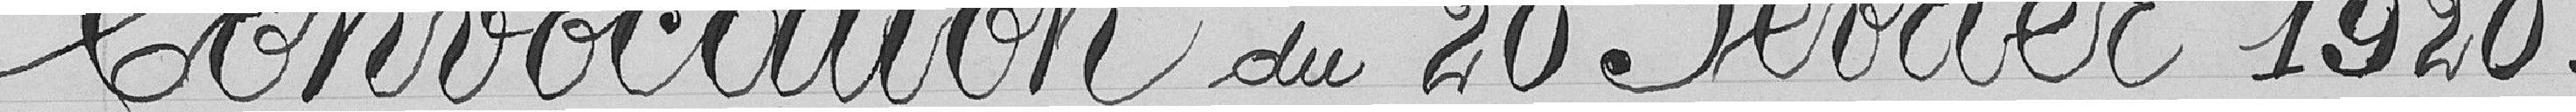
Convocation du 20 février 1920